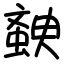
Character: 螤